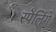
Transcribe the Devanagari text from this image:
स्पॆलिंगे